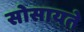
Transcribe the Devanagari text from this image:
सोसायते